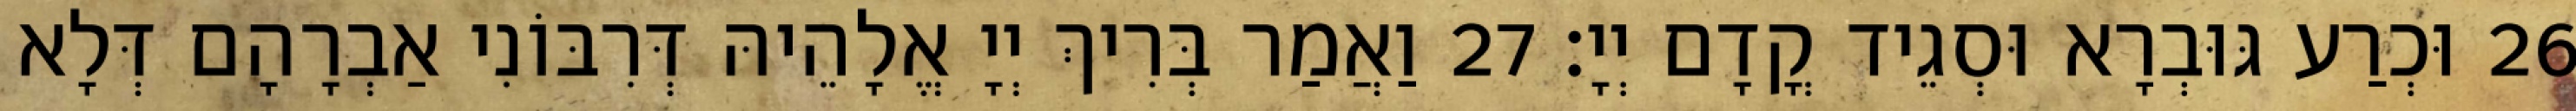
26 וּכְרַע גּוּבְרָא וּסְגֵיד קֳדָם יְיָ׃ 27 וַאֲמַר בְּרִיךְ יְיָ אֱלָהֵיהּ דְּרִבּוֹנִי אַבְרָהָם דְּלָא